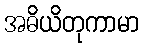
အဓိယိတုကာမာ